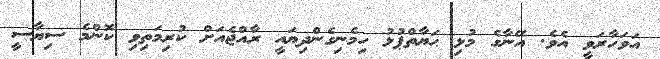
އަވަހާރަވީ އެވެ. އޭނާގެ މުޅި ޙަޔާތްޕުޅު ހިމެނިގެންދިޔައީ ރާއްޖެއަށް ކުރިމަތިވި ކޮންމެ ސިޔާސީ